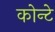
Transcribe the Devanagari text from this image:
कोन्टे